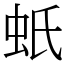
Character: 蚔